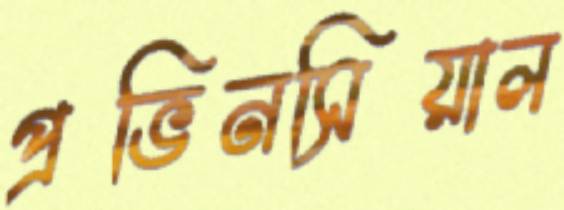
প্রভিনসিয়াল